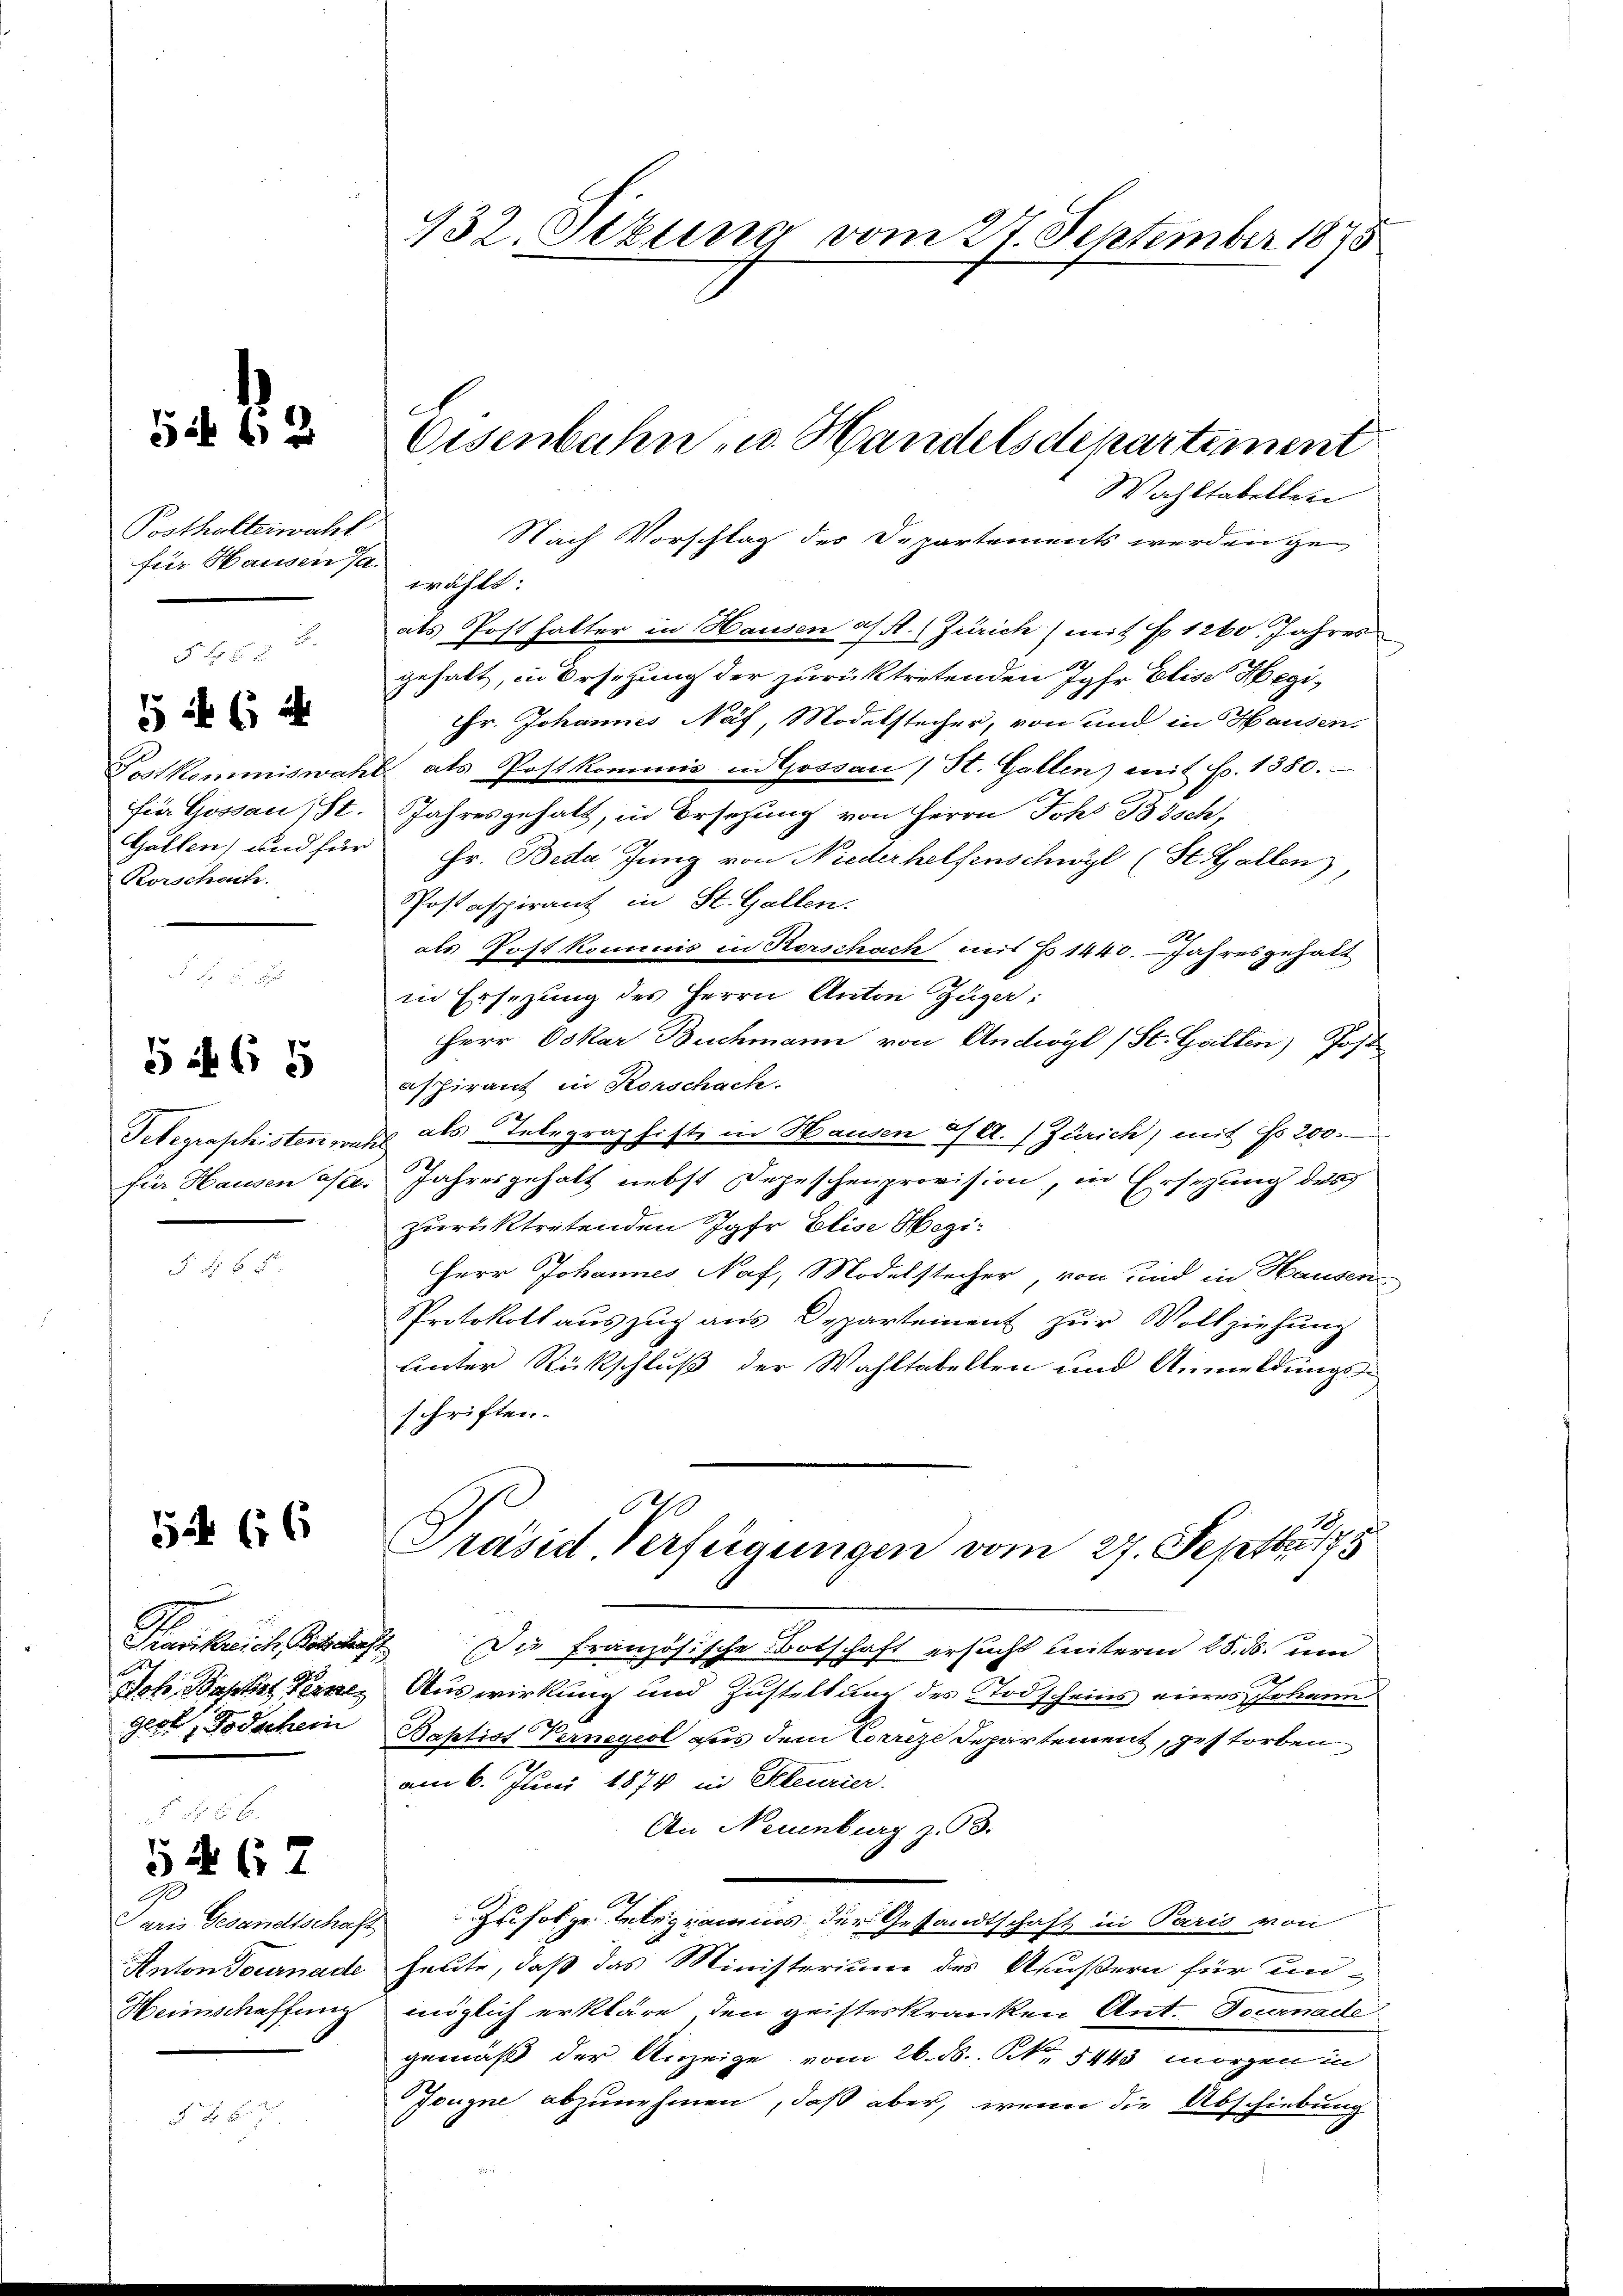
54 (12

Posthalterwahl
für Hausen Ja
c

Postkommiswa
für Gossau (St.
Gallen, und für
Rorschach.

54 (14

Si 65

Telegraphisten von
für Hausen lasse

5 Fr.

52 (16

Kariklich Bertschaf

Joh. Baptis Perre
gegt, Todschein

5467

Paris Gesandtschaft,
Anton Tournade
Heimschaffung

2 x

132. Setzung vom 27. September 1875

Eisenbahn u. Handelsdepartement

Wahltabellete
Nach Vorschlag des Departements werden gewählt:
als Posthalter in Hausen a/A. (Zürich (mit No 1260. Jahres
gehalt, in Ersezung der zurücktretenden Jahr Elise Hegir. Johannes Näf, Modelstecher, von und in Hausen,
 als Postkommis in Gossau (St. Gallen) mit Fr. 1380.
Jahresgehalt, in Ersetzung von Herrn Johs Bisch,
Fr. Beda Jung von Niederhelfenschwyl (St. Gallen)
Postaspirant in St. Gallen.
10
als Post kommnis in Rorschach mit No 1440. Jahresgehalt
in Ersezung des Herrn Anton Züger:
Herr Oskar Buchmann von Andwyl (St. Guillen) Post
aspirant in Rorschach.
& als Telegraphiste in Hausen a/A. / Zürich, mit Fr. 200.
Jahresgehalt nebst Depeschenprovision, in Ersezung des
zurücktretenden Jahr Elise Hegi¬
Herr Johannes Naf, Modelstecher, von und in Hausen
Protokoll aŭszŭg ans Departement zŭr Vollziehung
unter Rückschluß der Wahltabellen und Anmeldungsschriften.
Präsid Verfügungen vom 27. Septbr 17
u
Die Französische Botschaft ersucht unterm 25. ds. um
Auswirkung und Zustellung des Todscheins eines Johann
Baptist Vernegel aus dem Correze Departement, gestorben
am 6. Juni 1874 in Steurier.
An Neuenburg z. 93.
Zufolge Telegramms der Gesandtschaft in Paris von
heute, daß das Ministerium des Aeußern für un-
möglich erkläre, den geisteskranken Ant. Tournade
gemäß der Anzeige vom 26. N. N. 5443 morgen in
Jougne abzunehmen, daß aber, wenn die Abschiebung